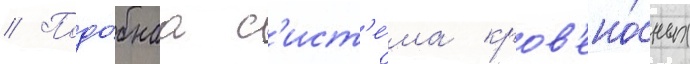
// Подо́бнаа с'ист'е́ма кров'ено́сных